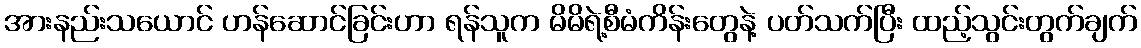
အားနည်းသယောင် ဟန်ဆောင်ခြင်းဟာ ရန်သူက မိမိရဲ့စီမံကိန်းတွေနဲ့ ပတ်သက်ပြီး ထည့်သွင်းတွက်ချက်